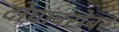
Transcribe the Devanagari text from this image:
दोघांबरोबर